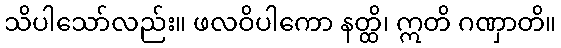
သိပါသော်လည်း။ ဖလဝိပါကော နတ္ထိ၊ ဣတိ ဂဏှာတိ။